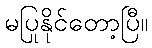
မပြုနိုင်တော့ပြီ။